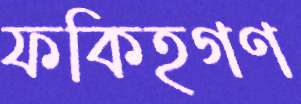
ফকিহগণ